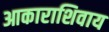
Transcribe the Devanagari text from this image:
आकाराशिवाय